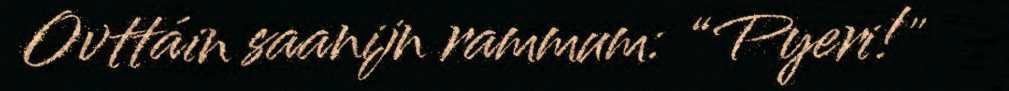
Ovttáin saanijn rammum: “Pyeri!"